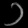
Digit: ၁